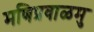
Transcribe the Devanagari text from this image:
मणिप्रवाळमु